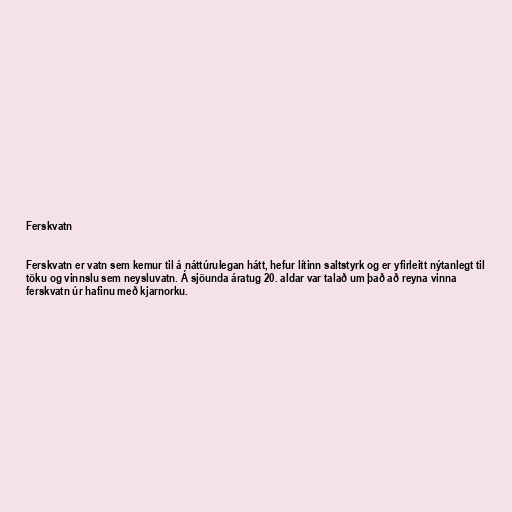
Ferskvatn

Ferskvatn er vatn sem kemur til á náttúrulegan hátt, hefur lítinn saltstyrk og er yfirleitt nýtanlegt til
töku og vinnslu sem neysluvatn. Á sjöunda áratug 20. aldar var talað um það að reyna vinna
ferskvatn úr hafinu með kjarnorku.